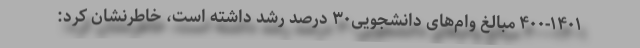
۴۰۰-۱۴۰۱ مبالغ وام‌های دانشجویی۳۰ درصد رشد داشته است، خاطرنشان کرد: